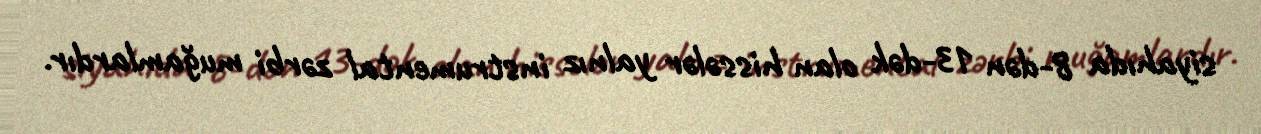
siyahıda 8-dən 13-dək olan hissələr yalnız instrumental zərbi muğamlardır.